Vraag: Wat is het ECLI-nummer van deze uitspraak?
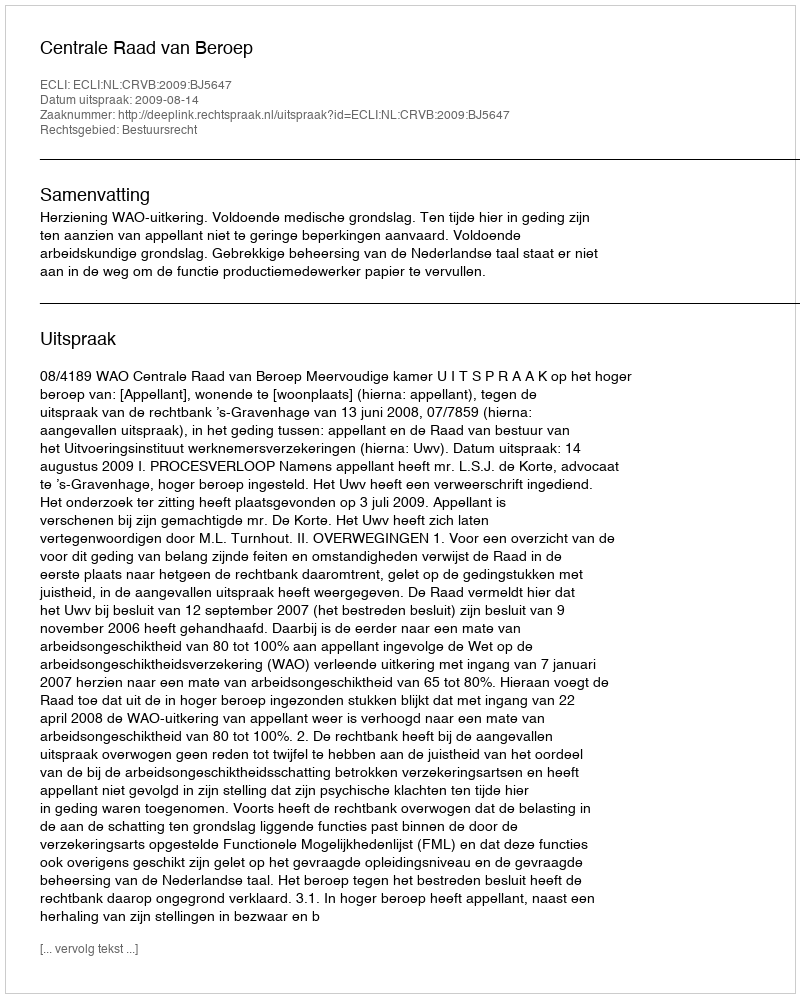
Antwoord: ECLI:NL:CRVB:2009:BJ5647